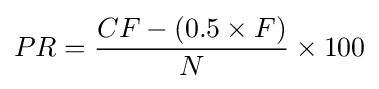
PR={\frac {CF-(0.5\times F)}{N}}\times 100